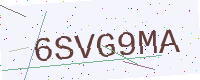
Text: 6SVG9MA